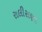
રાલીસણા